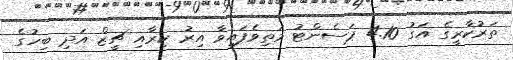
ތަރުކާރީގެ އަގު 4.10 ޕަސެންޓު މަތިވެފައިވާ އިރު ކިރާއި ޗީޒް އަދި ބިހުގެ